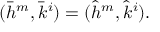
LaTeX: ( \bar { h } ^ { m } , \bar { k } ^ { i } ) = ( \hat { h } ^ { m } , \hat { k } ^ { i } ) .